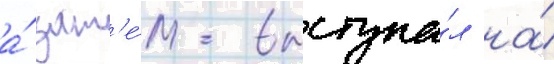
а́ зат'е́м выступа́л на́